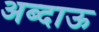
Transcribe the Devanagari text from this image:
अब्दाऊ